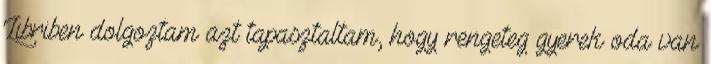
Libriben dolgoztam azt tapasztaltam, hogy rengeteg gyerek oda van